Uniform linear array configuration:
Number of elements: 8
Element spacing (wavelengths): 0.25
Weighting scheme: hamming
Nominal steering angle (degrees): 60
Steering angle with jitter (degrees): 60.267
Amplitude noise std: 0.05
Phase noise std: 0.05

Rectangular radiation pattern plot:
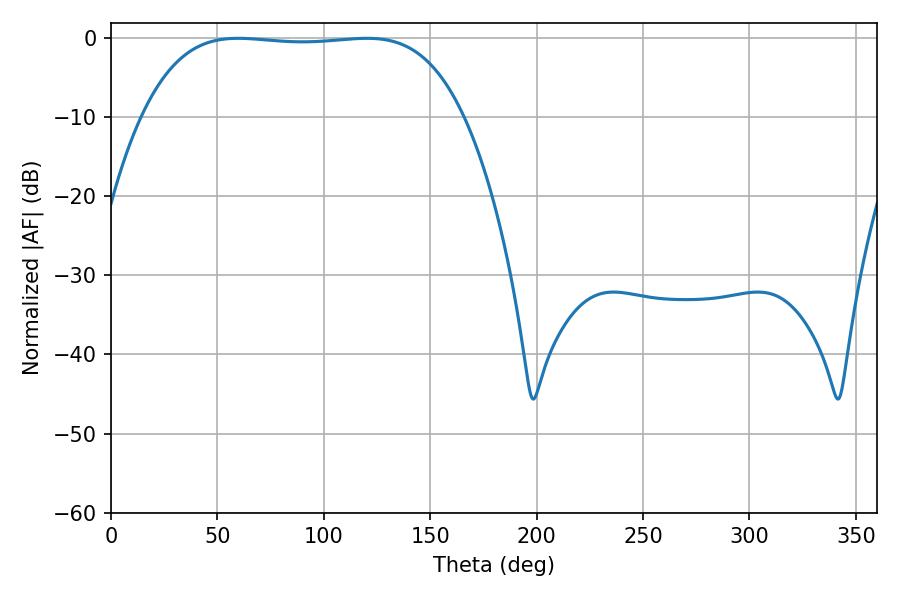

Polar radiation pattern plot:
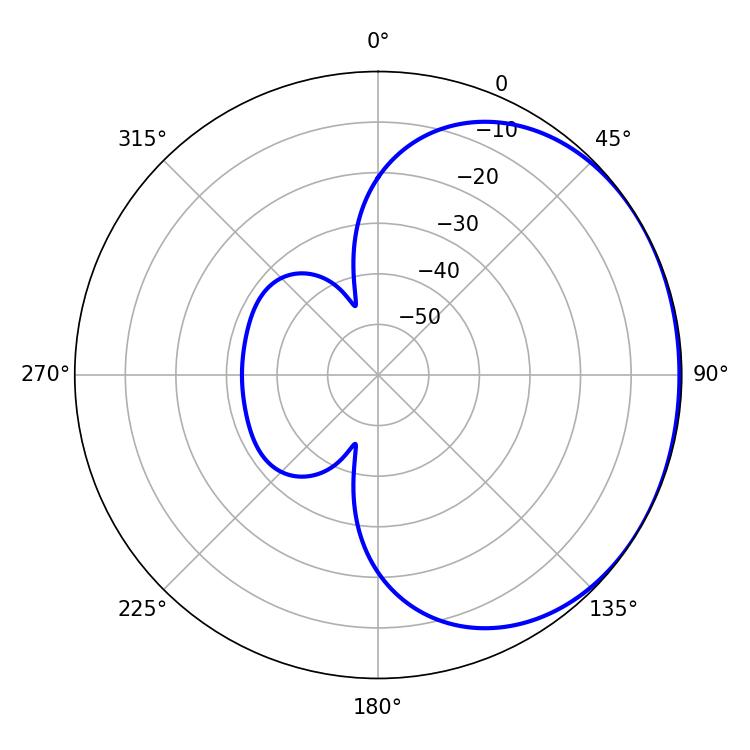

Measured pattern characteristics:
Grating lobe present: FALSE
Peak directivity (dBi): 0.8941
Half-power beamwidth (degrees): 118.08
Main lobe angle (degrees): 59.76